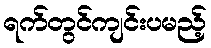
ရက်တွင်ကျင်းပမည့်